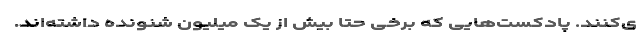
ی‌کنند. پادکست‌هایی که برخی حتا بیش از یک میلیون شنونده داشته‌اند.